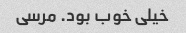
خیلی خوب بود. مرسی